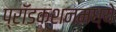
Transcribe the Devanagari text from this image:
प्रॉडक्शनमध्ये